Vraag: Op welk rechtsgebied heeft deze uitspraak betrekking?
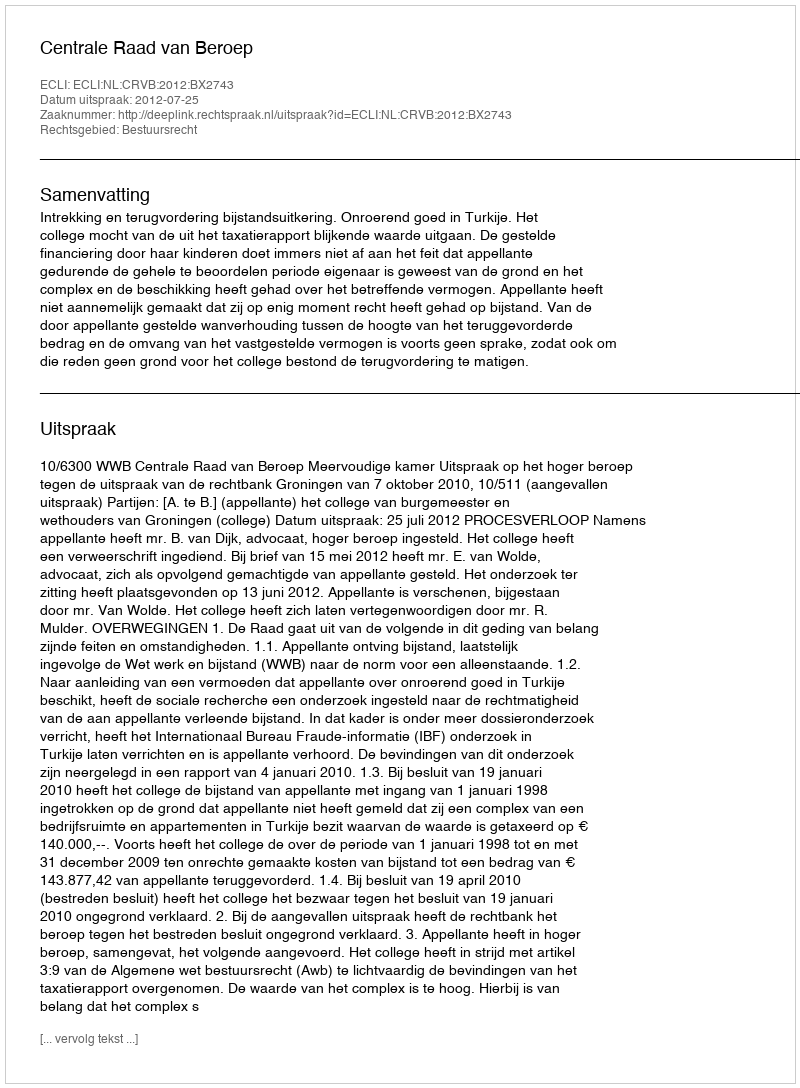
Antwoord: Bestuursrecht